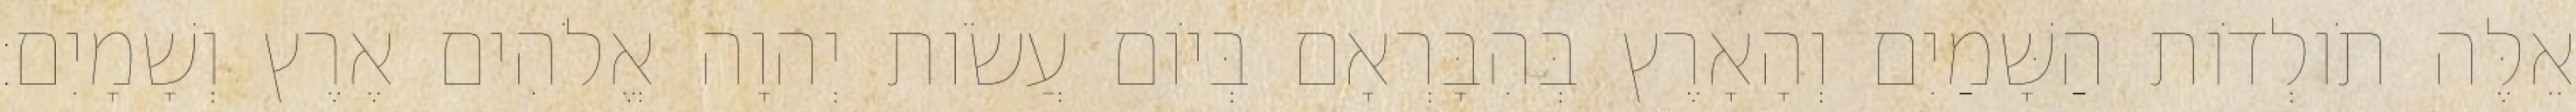
אֵלֶּה תֹולְדֹות הַשָּׁמַיִם וְהָאָרֶץ בְּהִבָּרְאָם בְּיֹום עֲשֹׂות יְהוָה אֱלֹהִים אֶרֶץ וְשָׁמָיִם׃